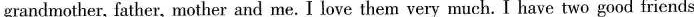
grandmother, father, mother and me. I love them very much. I have two good friends